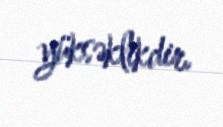
yüksəklikdir.